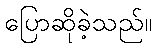
ပြောဆိုခဲ့သည်။